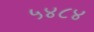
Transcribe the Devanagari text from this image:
५४८४